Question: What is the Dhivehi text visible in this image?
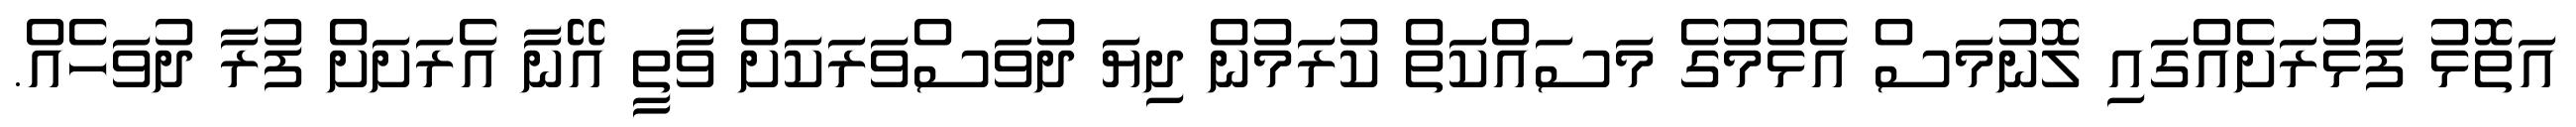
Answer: އަތޮޅު ފަޅުރަށެއްގައި ލޮނުމަސް އެޅުމުގެ މަސައްކަތް ކުރަމުން ދިޔަ ދުވަސްވަރަކަށް ވާތީ އޭނާ އެރަށަށް ފުރާ ދުވަހެއް.